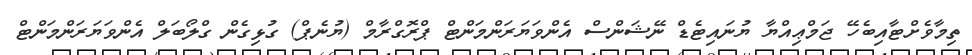
ތިމާވެށްޓާއިބެހޭ ޖަމްޢިއްޔާ ޔުނައިޓެޑް ނޭޝަންސް އެންވަޔަރަންމަންޓް ޕްރޮގްރާމް (ޔުނެޕް) ގުޅިގެން ގްލޯބަލް އެންވަޔަރަންމަންޓް